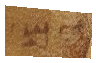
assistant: ים